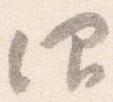
仰